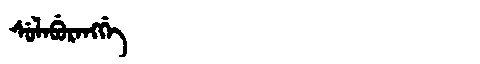
Manchu: ᠰᡠᠯᠠᠪᡠᡵᠠᠩᡤᡝ
Romanization: SULABURANGGE